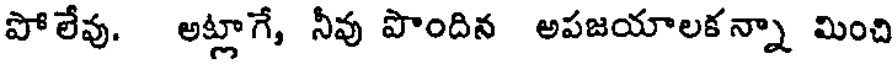
పోలేవు. అట్లాగే, నీవు పొందిన అపజయాలకన్నా మించి